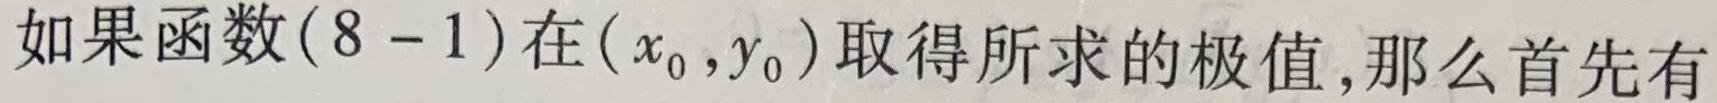
如果函数$(8 - 1)$在$(x_0,y_0)$取得所求的极值,那么首先有